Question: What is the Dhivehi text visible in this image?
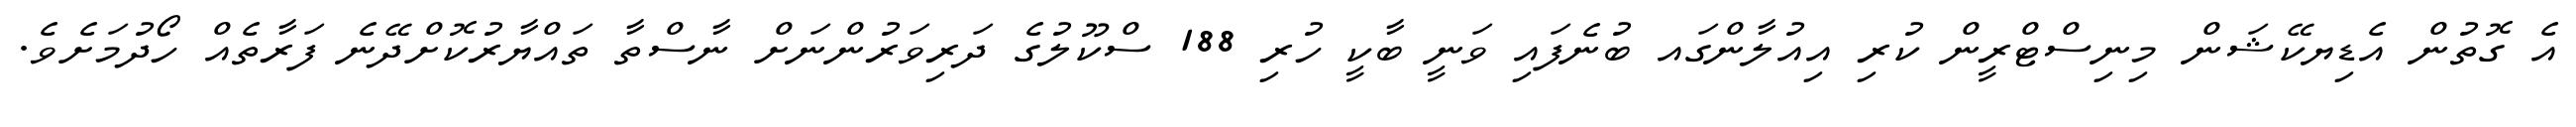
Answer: އެ ގޮތުން އެޑިޔކޭޝަން މިނިސްޓްރީން ކުރި އިއުލާންގައ ބުނެފައި ވަނީ ބާކީ ހުރި 188 ސްކޫލުގެ ދަރިވަރުންނަށް ނާސްތާ ތައްޔާރުކޮށްދޭނެ ފަރާތެއް ހޯދުމަށެވެ.